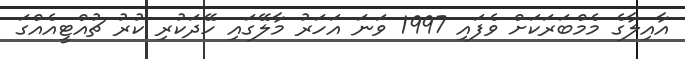
އާއިލާގެ މެމްބަރަކަށް ވެފައި 1997 ވަނަ އަހަރު މާލޭގައި ހޭދަކުރި ކުރު ޗުއްޓީއެއްގަ